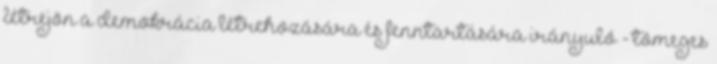
létrejön a demokrácia létrehozására és fenntartására irányuló - tömeges